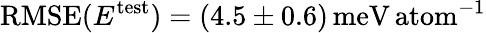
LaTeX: \mathrm{RMSE}(E^{\mathrm{test}})=(4.5\pm 0.6)\, \mathrm{meV\, atom}^{-1}